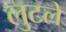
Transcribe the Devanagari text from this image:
लुटलें